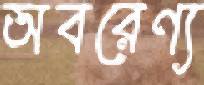
অবরেণ্য